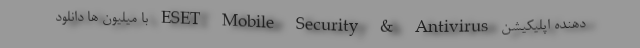
دهنده اپلیکیشن ESET Mobile Security & Antivirus با میلیون ها دانلود